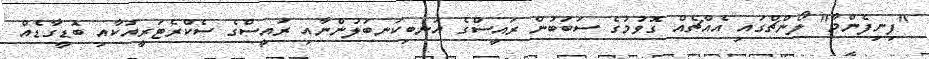
"ފިނިފެންމާ" ލޯންޗްގައި އެއްޗެއް ގޮވުމުގެ ސަބަބުން ރައީސްގެ އަނބިކަނބަލުންނާއި ރައީސްގެ ސެކްރެޓަރީއަކާއި ބޮޑީގާޑެއް